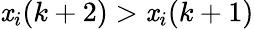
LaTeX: \mathit{x}_{i}(k+2)>\mathit{x}_{i}(k+1)